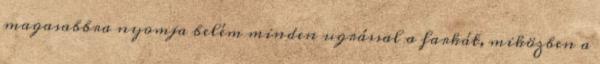
magasabbra nyomja belém minden ugrással a farkát, miközben a